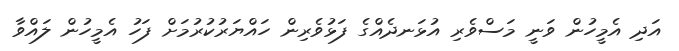
އަދި އެމީހުން ވަނީ މަސްވެރި އުޅަނދެއްގެ ފަޅުވެރިން ހައްޔަރުކުރުމަށް ފަހު އެމީހުން ލައްވާ